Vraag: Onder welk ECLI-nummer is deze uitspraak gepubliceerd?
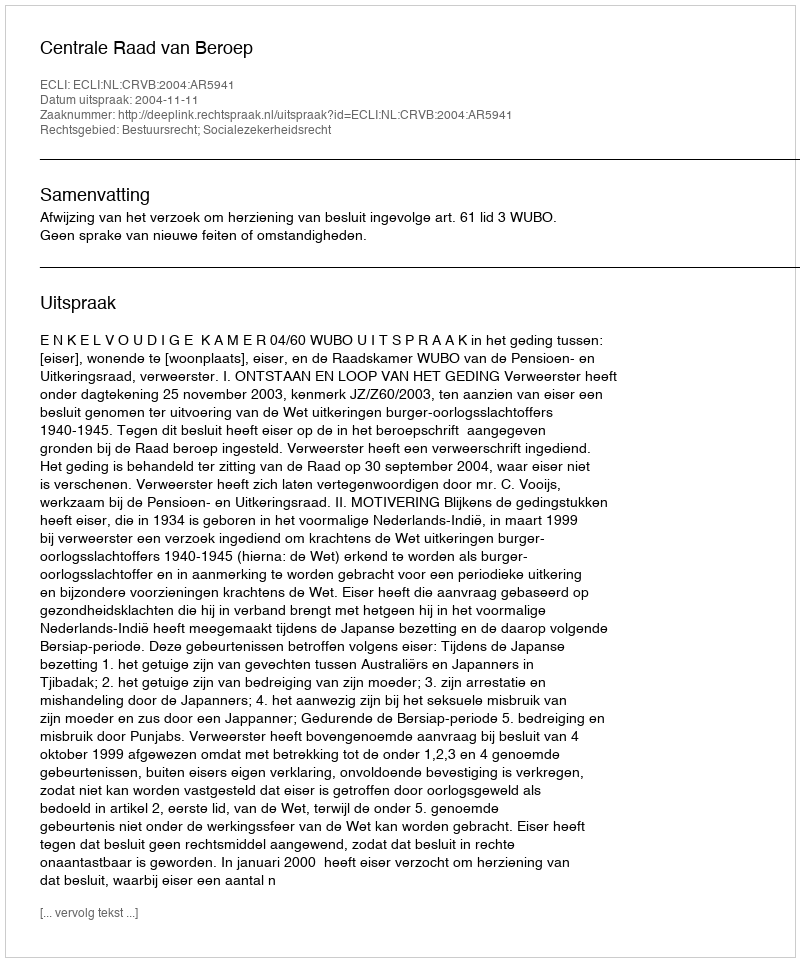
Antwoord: ECLI:NL:CRVB:2004:AR5941